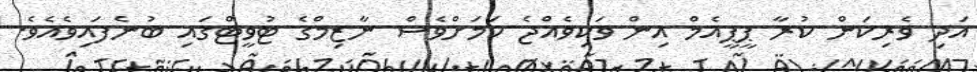
އަދި ވެރިކަން ކުރާ ޕީޕީއެމް އިން ވަކިވެއްޖެ ކަމަށްވެސް ނާޒިމްގެ ޓުވީޓްގައި ބުނެފައިވެއެވެ.